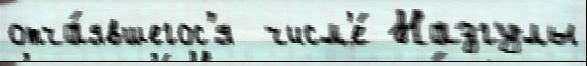
отча́явшегос'я  числ'е́ Назгулы